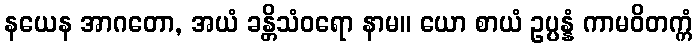
နယေန အာဂတော, အယံ ခန္တိသံဝရော နာမ။ ယော စာယံ ဥပ္ပန္နံ ကာမဝိတက္ကံ